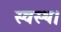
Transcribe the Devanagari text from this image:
स्वस्थ।